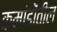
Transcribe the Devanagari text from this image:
कमांडोंतील